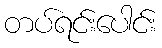
တပ်ရင်းပေါင်း